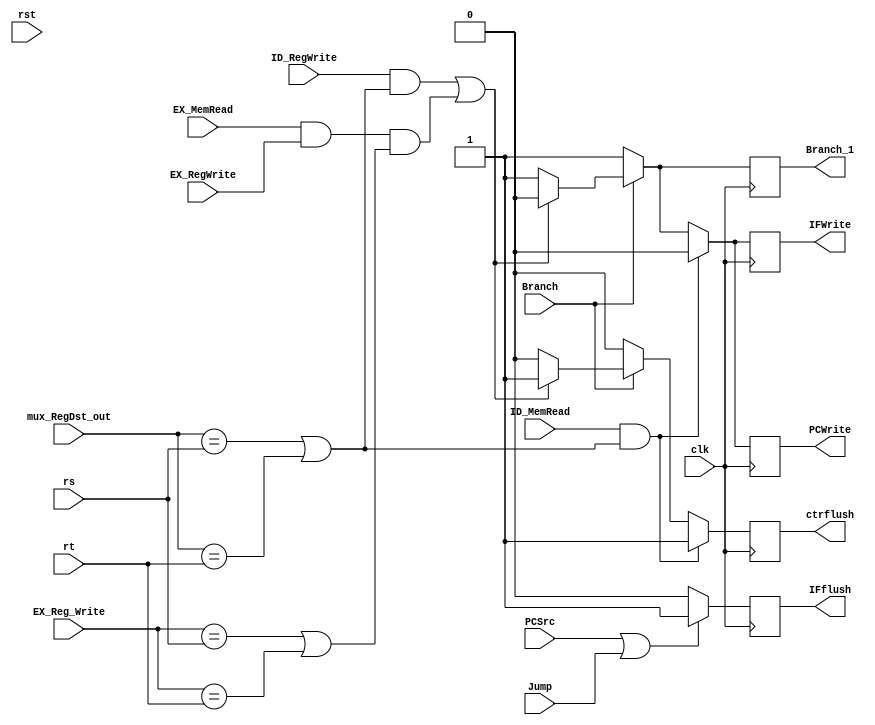
module HazardUnit(clk, rst,
    mux_RegDst_out, rs, rt, EX_Reg_Write, 
    ID_MemRead, ID_RegWrite, EX_RegWrite, PCSrc, Jump, EX_MemRead, Branch,
    PCWrite, IFflush, IFWrite, ctrflush, Branch_1);

    input clk, rst;

    input [4:0] mux_RegDst_out, rs, rt, EX_Reg_Write; 

    input ID_MemRead, ID_RegWrite, EX_RegWrite, EX_MemRead;
    input PCSrc; // PCSrc  IF

    input Jump, Branch;

    output reg PCWrite; // Pc 
    output reg IFflush; // IF/ID 
    output reg IFWrite; // IF/ID 
    output reg ctrflush; // ID/EX 

    output reg Branch_1;

    always@(posedge clk) 
        begin
            if (PCSrc || (Jump))
                IFflush  = 1'b1; 
            else  
                IFflush = 1'b0;                                  
                PCWrite = 1'b1; 
                ctrflush = 1'b0;
                IFWrite = 1'b1;
                Branch_1=1'b1;
        
            if(Branch)//beq 
                begin
                if((ID_RegWrite && (mux_RegDst_out == rs || mux_RegDst_out == rt)) || (EX_MemRead && EX_RegWrite && (EX_Reg_Write == rs || EX_Reg_Write == rt)) )
                    begin
                        PCWrite = 1'b0;  
                        IFWrite = 1'b0;   
                        ctrflush = 1'b1; 
                        Branch_1 = 1'b0;                
                    end
                end  

            if (ID_MemRead && ((mux_RegDst_out == rs) || (mux_RegDst_out == rt)))     
                begin 
                    PCWrite = 1'b0; 
                    ctrflush = 1'b1; 
                    IFWrite = 1'b0; 
                end  
        end

        // initial
        // begin
        //   $display("hazardunit");
        // end
endmodule